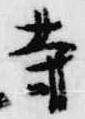
寺